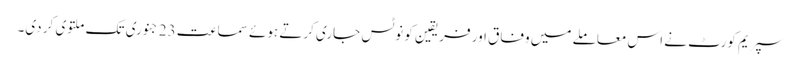
سپریم کورٹ نے اس معاملے میں وفاق اور فریقین کو نوٹس جاری کرتے ہوئے سماعت 23 جنوری تک ملتوی کر دی۔